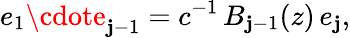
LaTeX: e_{1}\cdote_{\mathbf{j}-1}=c^{-1}\, B_{\mathbf{j}-1}(z)\, e_{\mathbf{j}},